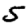
Digit: 5